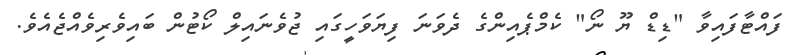
ފައްޓާފައިވާ "ޑިޑް ޔޫ ނޯ" ކެމްޕެއިންގެ ދެވަނަ ފިޔަވަހީގައި ޖުވެނައިލް ކޯޓުން ބައިވެރިވެއްޖެއެވެ.